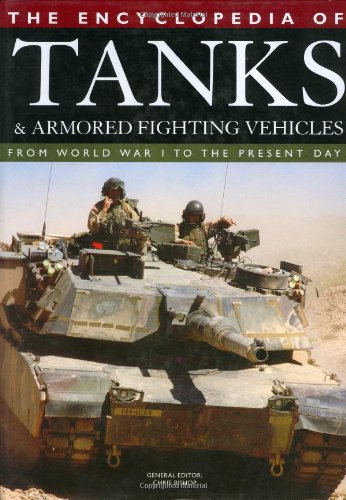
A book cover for The Encyclopedia of Tanks and Armored Fighting Vehicles: From World War I to the Present Day; Chris Bishop; Reference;